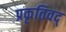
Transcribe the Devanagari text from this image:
प्रकृतिवद्